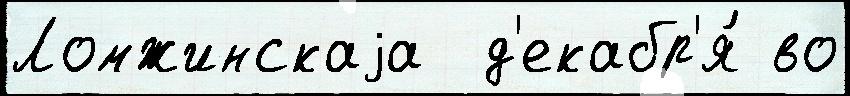
Ломжинскаjа  д'екабр'я́ во